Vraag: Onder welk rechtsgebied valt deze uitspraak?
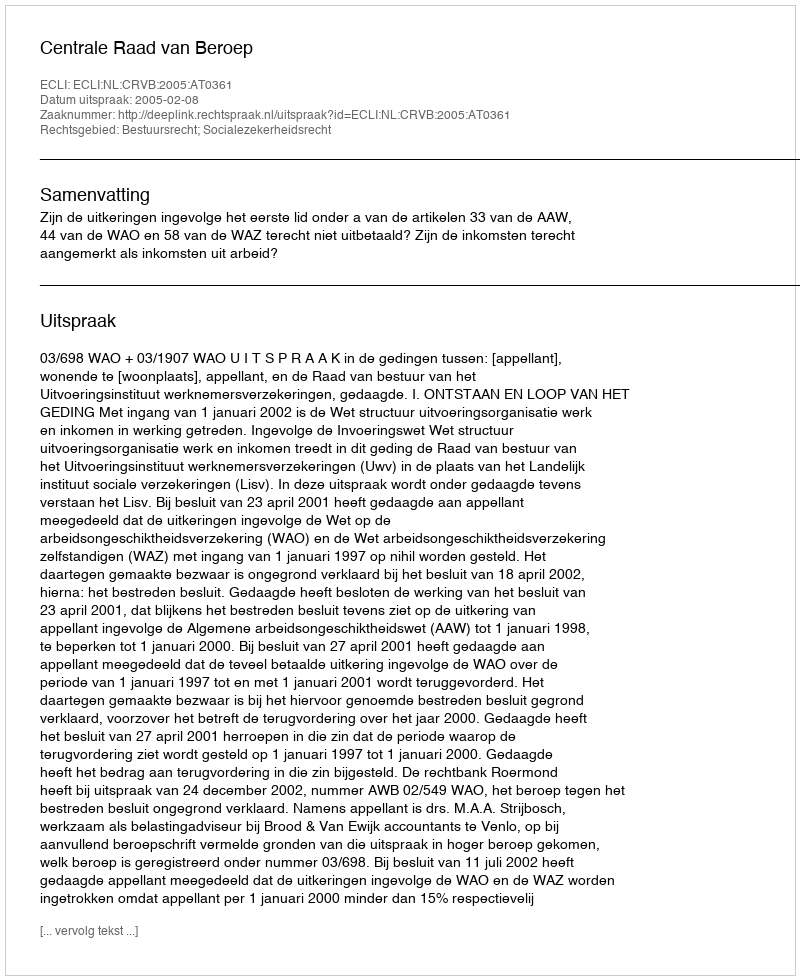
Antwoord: Bestuursrecht; Socialezekerheidsrecht